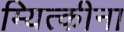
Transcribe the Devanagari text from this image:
म्यित्कीना